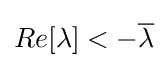
Re[\lambda ]<-{\overline {\lambda }}